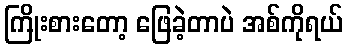
ကြိုးစားတော့ ဖြေခဲ့တာပဲ အစ်ကိုရယ်